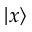
\vert x \rangle